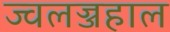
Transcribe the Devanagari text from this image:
ज्वलज्जहाल